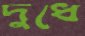
দুধে